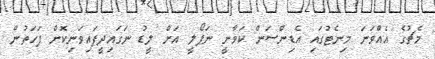
މެޗުގެ އެއްވަނަ މިނެޓުގައި އެޑިންސަން ކަވާނީ ނަޕޯލީ އަށް ލީޑު ނަގައިދީފައިވަނިކޮށް ފަހަތުން